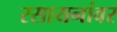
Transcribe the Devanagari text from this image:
रसायनांवर